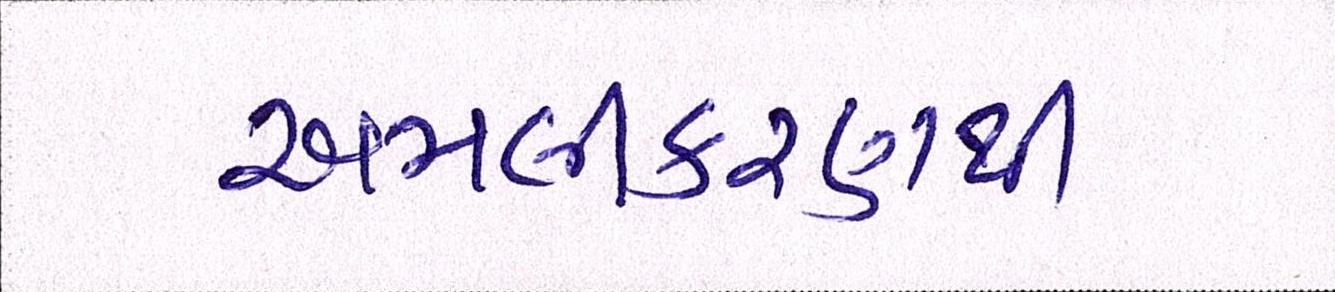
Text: અમલીકરણથી